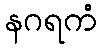
နဂရကံ